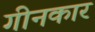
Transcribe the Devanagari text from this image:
गीनकार